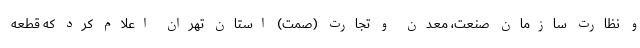
و نظارت سازمان صنعت، معدن و تجارت (صمت) استان تهران اعلام کرد که قطعه